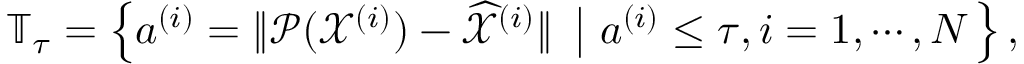
\mathbb T _ { \tau } = \left\{ a ^ { ( i ) } = \| \mathcal P ( \mathcal X ^ { ( i ) } ) - \widehat { \mathcal X } ^ { ( i ) } \| ~ \left| ~ a ^ { ( i ) } \leq \tau , i = 1 , \cdots , N \right. \right\} ,